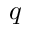
q